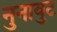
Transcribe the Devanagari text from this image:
नुनावुट